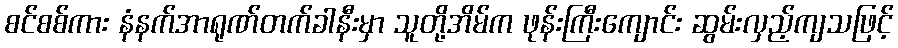
စင်စစ်ကား နံနက်အာရုဏ်တက်ခါနီးမှာ သူတို့အိမ်က ဖုန်းကြီးကျောင်း ဆွမ်းလှည့်ကျသဖြင့်